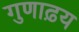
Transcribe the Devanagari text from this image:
गुणाढ़य